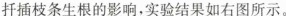
扦插枝条生根的影响，实验结果如右图所示。